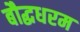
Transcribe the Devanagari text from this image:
बौद्धधरम